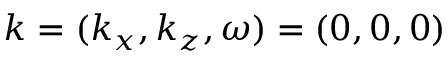
\boldsymbol { k } = ( k _ { x } , k _ { z } , \omega ) = ( 0 , 0 , 0 )